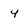
Character: 4